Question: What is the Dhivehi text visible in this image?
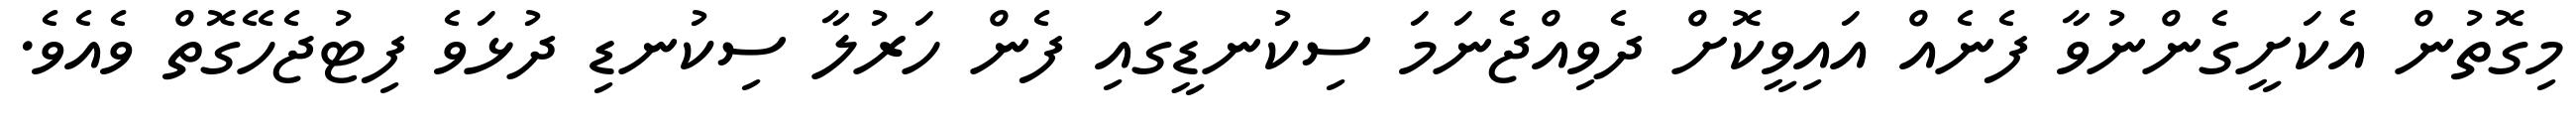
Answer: މިގޮތުން އެކަށީގެންނުވާ ފެނެއް އައިވީކޮށް ދެވިއްޖެނަމަ ސިކުނޑީގައި ފެން ހަރުލާ ސިކުނޑި ދުޅަވެ ފިޓުޖެހޭގޮތް ވެއެވެ.